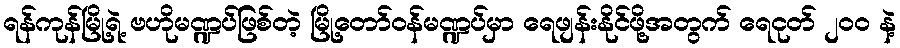
ရန်ကုန်မြို့ရဲ့ ဗဟိုမဏ္ဍပ်ဖြစ်တဲ့ မြို့တော်ဝန်မဏ္ဍပ်မှာ ရေဖျန်းနိုင်ဖို့အတွက် ရေငုတ် ၂၀၀ နဲ့